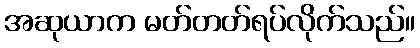
အဆုယာက မတ်တတ်ရပ်လိုက်သည်။